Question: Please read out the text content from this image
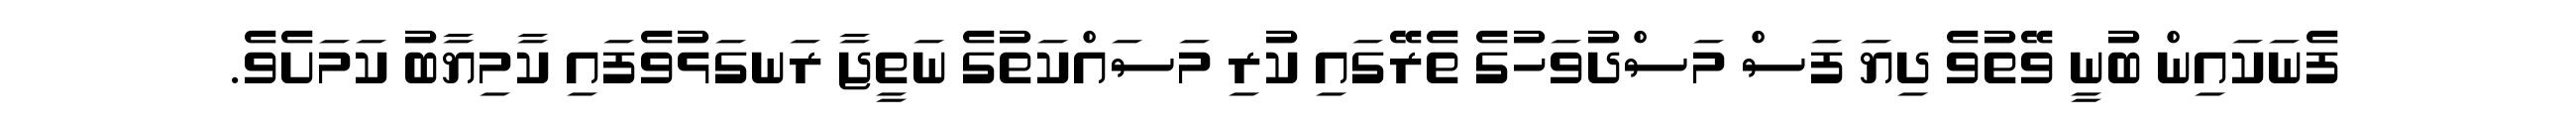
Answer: ފެނަކައިން ބުނީ ވޭތުވެ ދިޔަ ފަސް މަސްދުވަހުގެ ތެރޭގައި ކުރި މަސައްކަތުގެ ނަތީޖާ ރަނގަޅުވެފައި ކާމިޔާބު ކަމަށެވެ.